Indian journal of veterinary science and animal husbandry - Volume 4,
Year: 1934
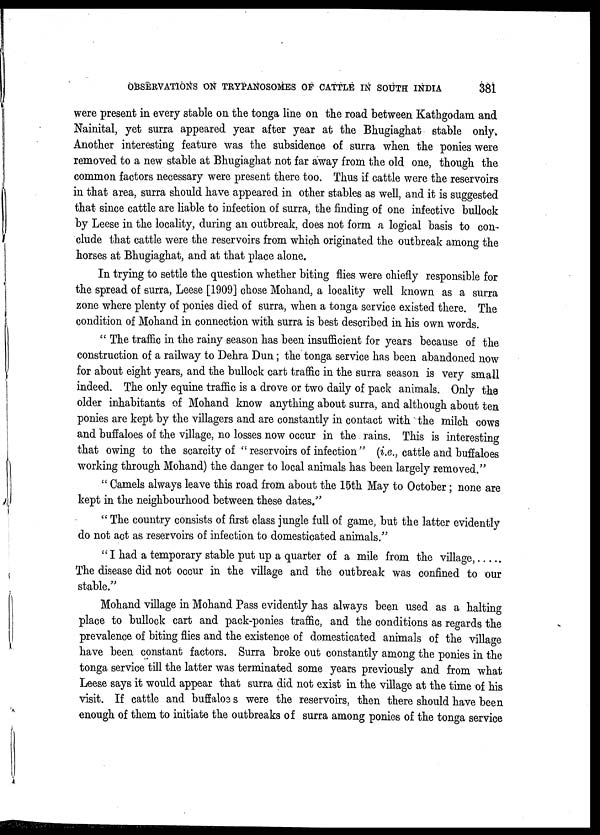
OBSERVATIONS ON TRYPANOSOMES OF CATTLE IN SOUTH INDIA
381
were present in every stable on the tonga line on the road between Kathgodam and
Nainital, yet surra appeared year after year at the Bhugiaghat stable only.
Another interesting feature was the subsidence of surra when the ponies were
removed to a new stable at Bhugiaghat not far away from the old one, though the
common factors necessary were present there too. Thus if cattle were the reservoirs
in that area, surra should have appeared in other stables as well, and it is suggested
that since cattle are liable to infection of surra, the finding of one infective bullock
by Leese in the locality, during an outbreak, does not form a logical basis to con-
clude that cattle were the reservoirs from which originated the outbreak among the
horses at Bhugiaghat, and at that place alone.
In trying to settle the question whether biting flies were chiefly responsible for
the spread of surra, Leese [1909] chose Mohand, a locality well known as a surra
zone where plenty of ponies died of surra, when a tonga service existed there. The
condition of Mohand in connection with surra is best described in his own words.
" The traffic in the rainy season has been insufficient for years because of the
construction of a railway to Dehra Dun; the tonga service has been abandoned now
for about eight years, and the bullock cart traffic in the surra season is very small
indeed. The only equine traffic is a drove or two daily of pack animals. Only the
older inhabitants of Mohand know anything about surra, and although about ten
ponies are kept by the villagers and are constantly in contact with the milch cows
and buffaloes of the village, no losses now occur in the rains. This is interesting
that owing to the scarcity of " reservoirs of infection" (i.e., cattle and buffaloes
working through Mohand) the danger to local animals has been largely removed."
" Camels always leave this road from about the 15th May to October; none are
kept in the neighbourhood between these dates."
" The country consists of first class jungle full of game, but the latter evidently
do not act as reservoirs of infection to domesticated animals."
" I had a temporary stable put up a quarter of a mile from the village,
The disease did not occur in the village and the outbreak was confined to our
stable."
Mohand village in Mohand Pass evidently has always been used as a halting
place to bullock cart and pack-ponies traffic, and the conditions as regards the
prevalence of biting flies and the existence of domesticated animals of the village
have been constant factors. Surra broke out constantly among the ponies in the
tonga service till the latter was terminated some years previously and from what
Leese says it would appear that surra did not exist in the village at the time of his
visit. If cattle and buffaloes were the reservoirs, then there should have been
enough of them to initiate the outbreaks of surra among ponies of the tonga service